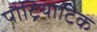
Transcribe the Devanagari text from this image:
पौट्रियाटिक